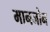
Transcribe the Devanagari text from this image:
मानजोन